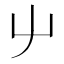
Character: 䶹